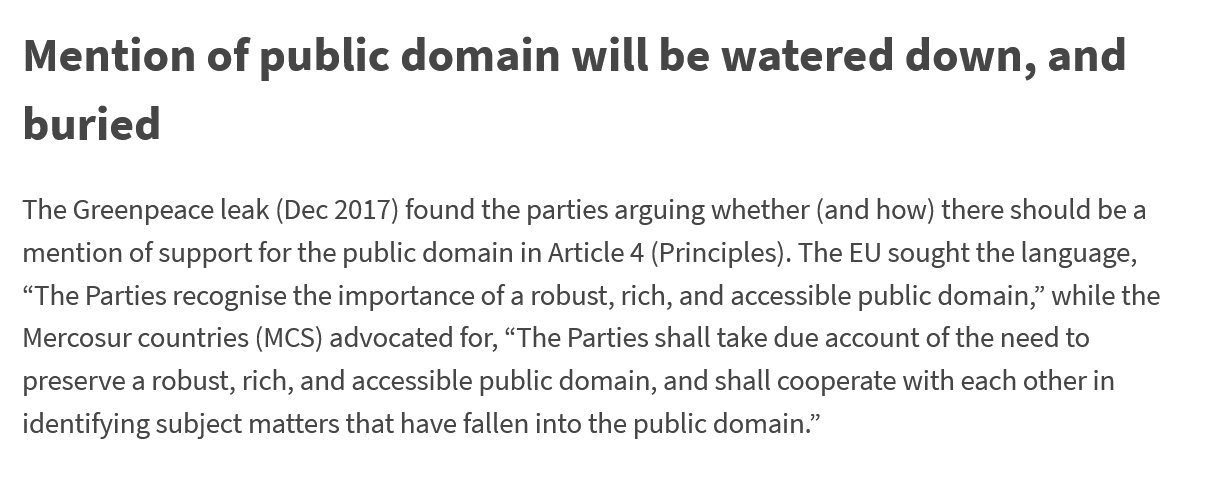
Mention    of    public    domain    will   be  watered    down,    and
  buried
  The Greenpeace leak (Dec 2017) found the parties arguing whether (and how) there should be a
  mention of support for the public domain in Article 4 (Principles). The EU sought the language,
  “The Parties recognise the importance of a robust, rich, and accessible public domain,” while the
  Mercosur countries (MCS) advocated for, “The Parties shall take due account of the need to
  preserve a robust, rich, and accessible public domain, and shall cooperate with each other in
  identifying subject matters that have fallen into the public domain.”